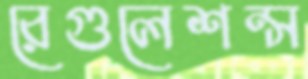
রেগুলেশন্স